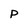
Character: P